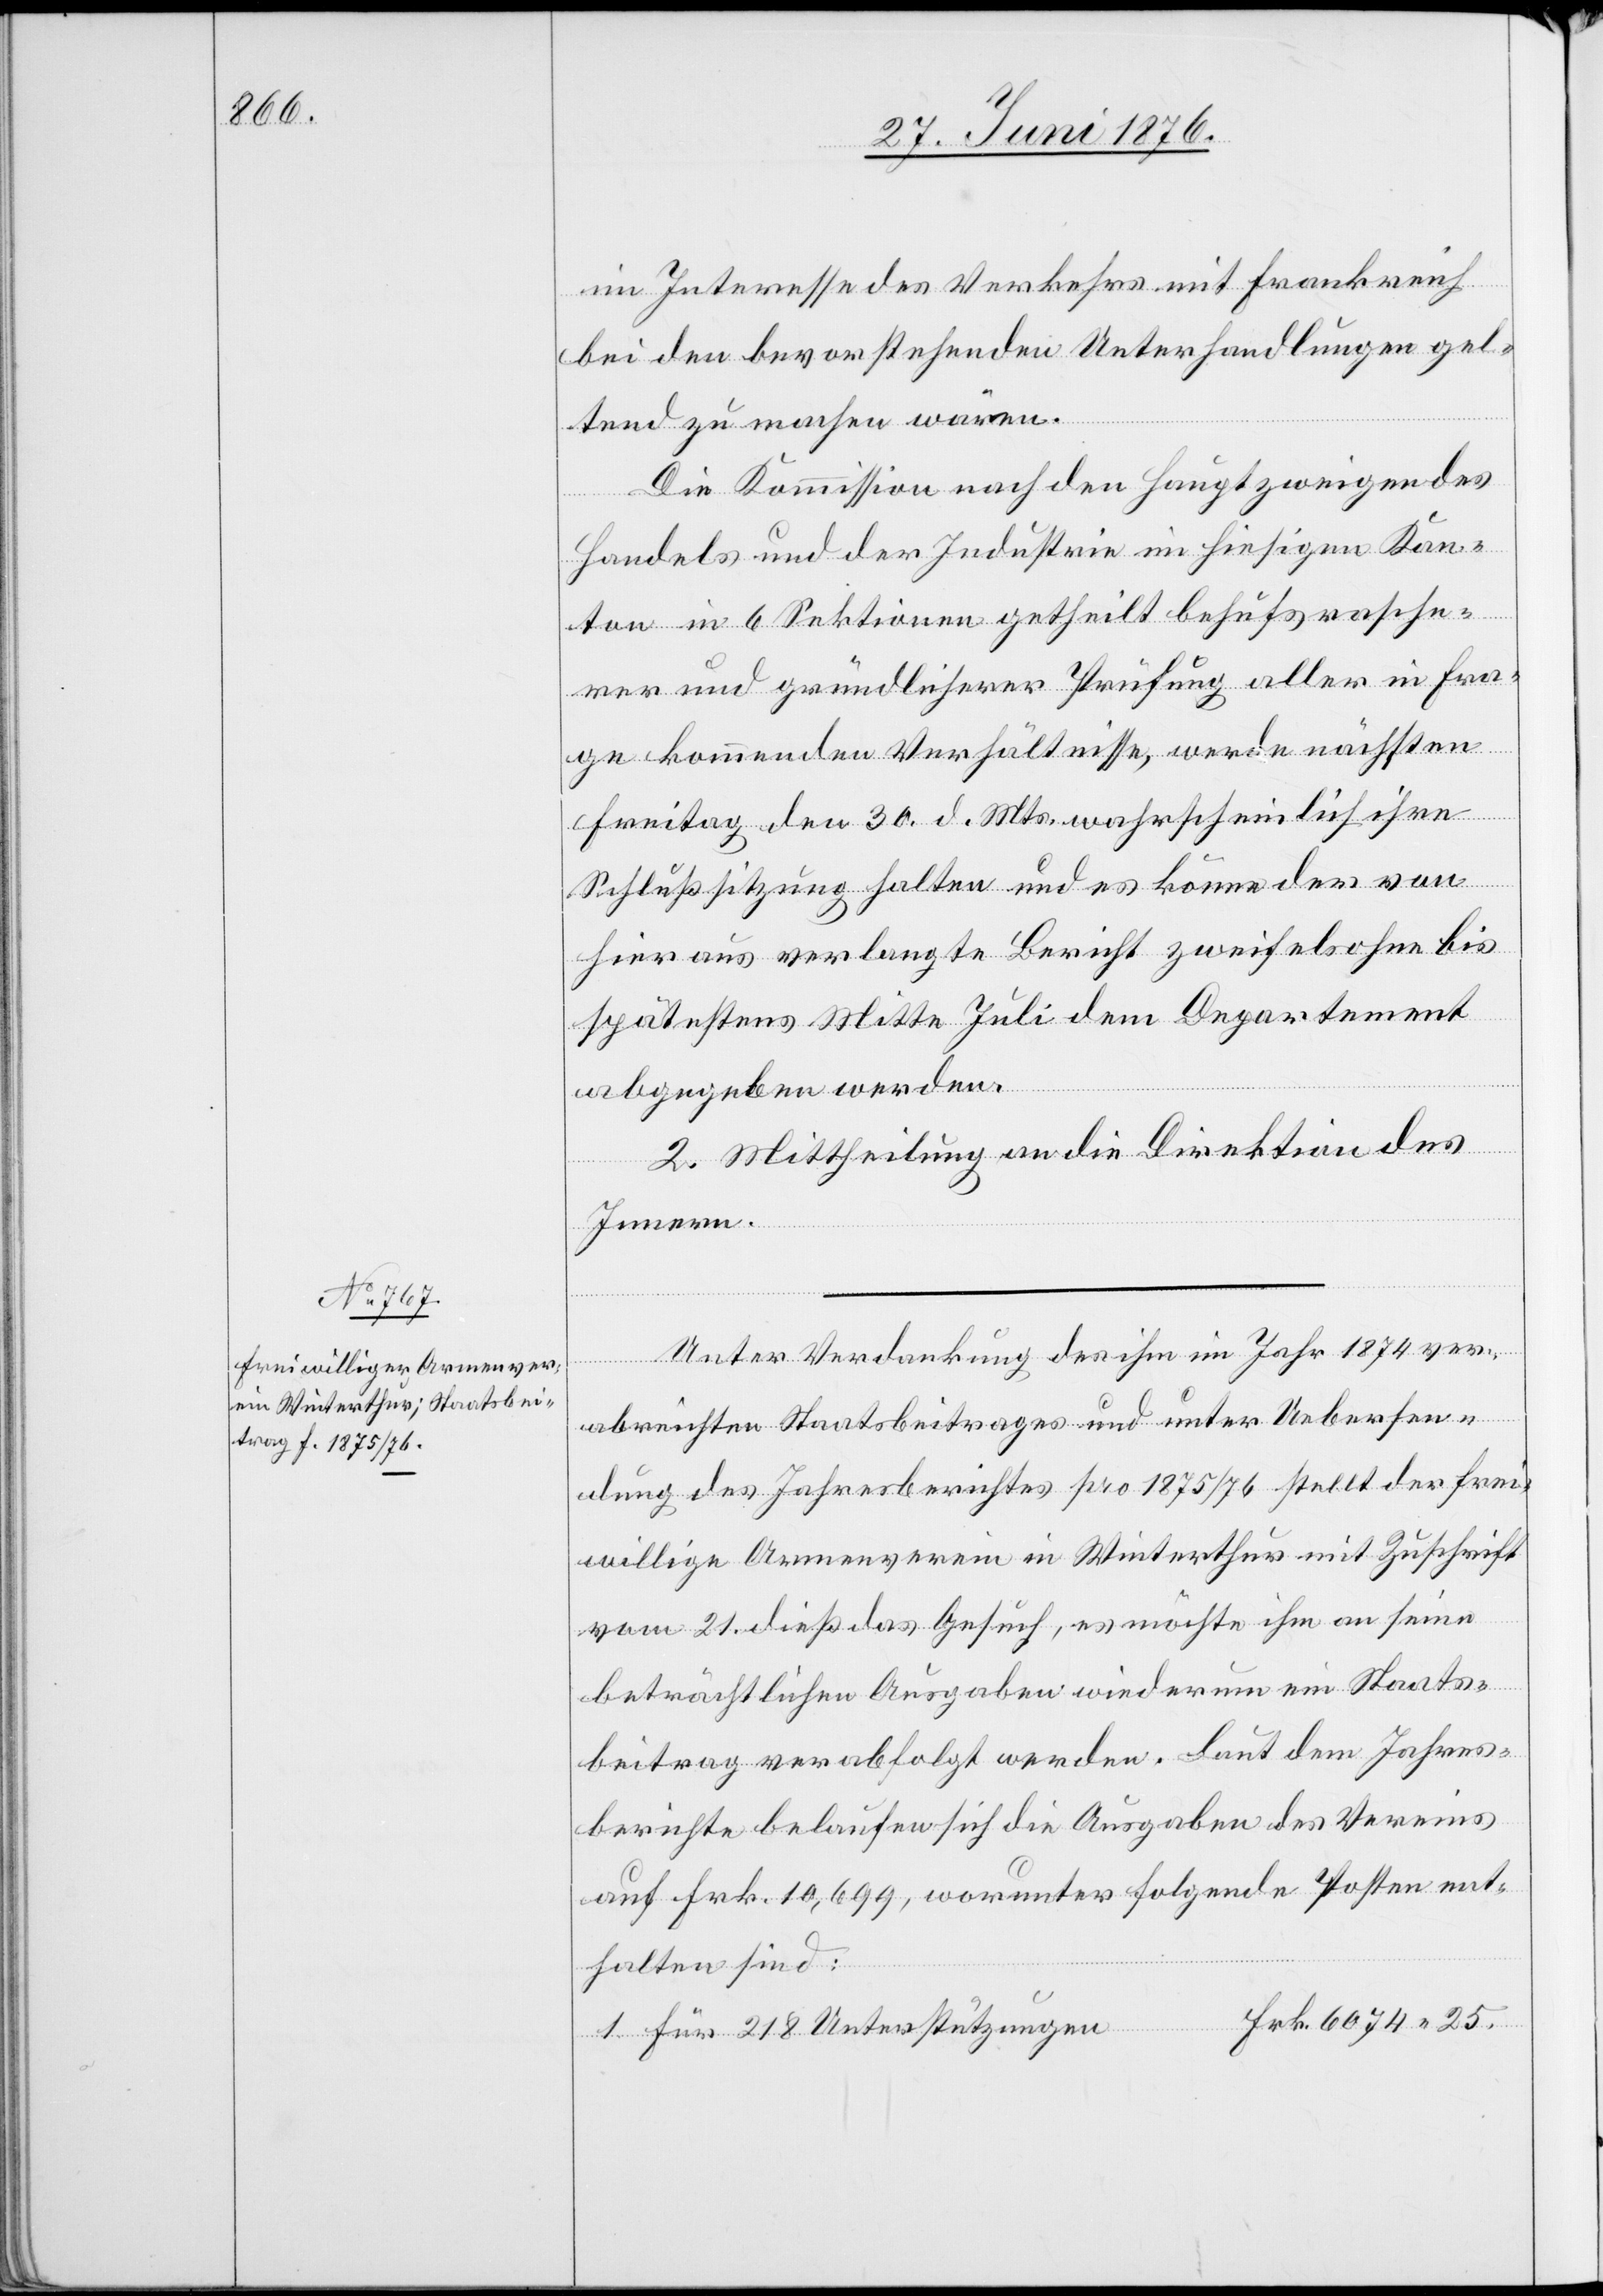
im Interesse des Verkehrs mit Frankreich
bei den bevorstehenden Unterhandlungen gel¬
tend zu machen wären.
Die Kommission nach den Hauptzweigen des
Handels und der Industrie im hiesigen Kan¬
ton in 6 Sektionen getheilt behufs rasche¬
rer und gründlicherer Prüfung aller in Fra¬
ge kommenden Verhältnisse, werde nächsten
Freitag den 30. d. Mts. wahrscheinlich ihre
Schlußsitzung halten und es könne der von
hier aus verlangte Bericht zweifelsohne bis
spätestens Mitte Juli dem Departement
abgegeben werden.
2. Mittheilung an die Direktion des
Innern.
Unter Verdankung des ihm in Jahr 1974 ver¬
25.
abreichten Staatsbeitrages und unter Uebersen¬
dung des Jahresberichtes pro 1975/76 stellt der frei¬
willige Armenverein in Winterthur mit Zuschrift
vom 21. dieß das Gesuch, es möchte ihm an seine
beträchtlichen Ausgaben wiederum ein Staats¬
beitrag verabfolgt werden. Laut dem Jahres¬
berichte belaufen sich die Ausgaben des Vereins
auf Frk. 10,699, worunter folgende Posten ent¬
halten sind: